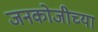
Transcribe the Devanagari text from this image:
जनकोजीच्या